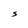
Character: S